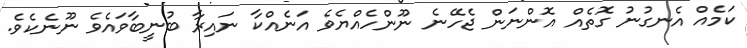
ކަމެއް އެނގުނު ގޮތެއް އޮންނަން ޖެހޭނެ ނޫންހެއްޔެވެ އަނެއްކާ ނައިރާ ބުނީބާވައެވެ ނޫނެކެވެ.